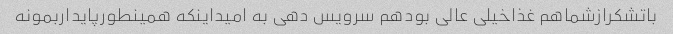
باتشکرازشماهم غذاخیلی عالی بودهم سرویس دهی به امیداینکه همینطورپایداربمونه